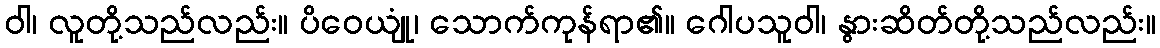
ဝါ၊ လူတို့သည်လည်း။ ပိဝေယျုံ၊ သောက်ကုန်ရာ၏။ ဂေါပသူဝါ၊ နွားဆိတ်တို့သည်လည်း။